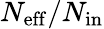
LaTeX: {N_{\mathrm{eff}}}/{N_{\mathrm{in}}}